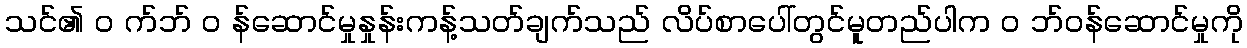
သင်၏ ၀ က်ဘ် ၀ န်ဆောင်မှုနှုန်းကန့်သတ်ချက်သည် လိပ်စာပေါ်တွင်မူတည်ပါက ၀ ဘ်ဝန်ဆောင်မှုကို